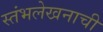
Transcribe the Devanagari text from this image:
स्तंभलेखनाची